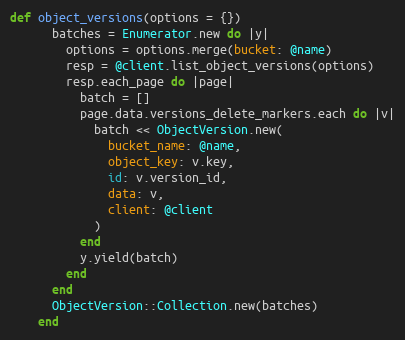
Language: Ruby
def object_versions(options = {})
      batches = Enumerator.new do |y|
        options = options.merge(bucket: @name)
        resp = @client.list_object_versions(options)
        resp.each_page do |page|
          batch = []
          page.data.versions_delete_markers.each do |v|
            batch << ObjectVersion.new(
              bucket_name: @name,
              object_key: v.key,
              id: v.version_id,
              data: v,
              client: @client
            )
          end
          y.yield(batch)
        end
      end
      ObjectVersion::Collection.new(batches)
    end